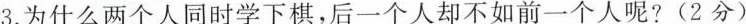
3.为什么两个人同时学下棋，后一个人却不如前一个人呢?(2分)